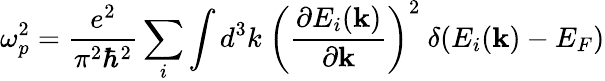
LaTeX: \omega_{p}^{2}=\frac{e^{2}}{\pi^{2}\hbar^{2}}\sum_{i}\int d^{3}k\ \left(\frac{\partial E_{i}(\mathbf{k})}{\partial\mathbf{k}}\right)^{2}\ \delta(E_{i}(\mathbf{k})-E_{F})